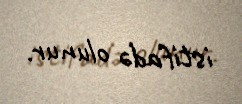
istifadə olunur.